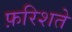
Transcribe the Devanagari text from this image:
फ़रिशते